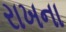
રાખના